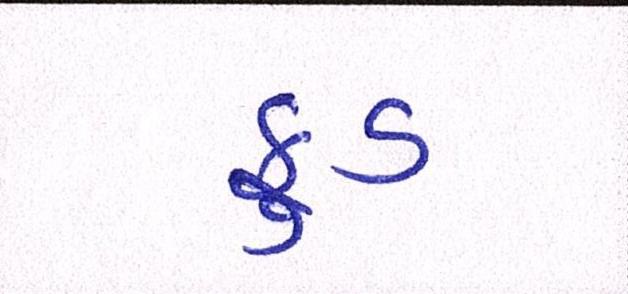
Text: ફુડ